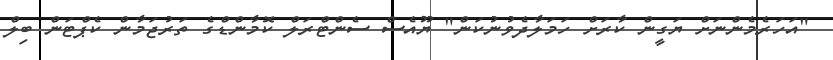
"އަހަރެމެންނަށް ޔަގީން ކާރަށް ހަމަލާދެވުނުކަން" ޔޫއެސް ސެންޓްރަލް ކޮމާންޑްގެ ތަރުޖަމާން ކެޕްޓަން ބިލް